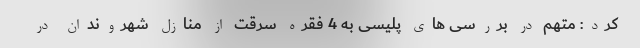
کرد: متهم در بررسی های پلیسی به 4 فقره سرقت از منازل شهروندان در